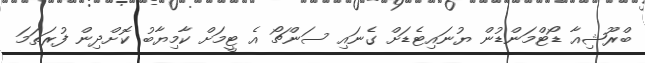
ބްރޫޝިއާ ޑޯޓްމަންޑުން ޔުނައިޓެޑަށް ގެނައި ސަންޗޯ އެ ޓީމަށް ކާމިޔާބު ކޮށްދިން ފުރަތަމަ